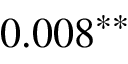
0 . 0 0 8 ^ { * * }